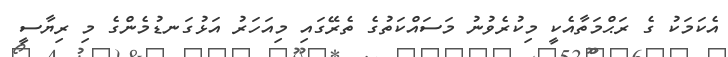
އެކަމަކު ގެ ރަޙްމަތާއެކީ މިކުރެވުނު މަސައްކަތުގެ ތެރޭގައި މިއަހަރު އަޅުގަނޑުމެންގެ މި ރިޔާސީ